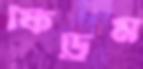
ফিড্রম